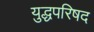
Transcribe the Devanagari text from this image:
युद्धपरिषद